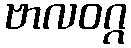
ဗာလဝဂ္ဂ